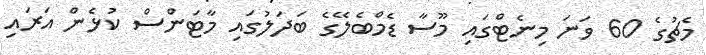
މެޗުގެ 60 ވަނަ މިނެޓްގައި މޫސާ ޑެމްބެލޭގެ ބަދަލުގައި މާޓަންސް ކުޅެން އަރައި